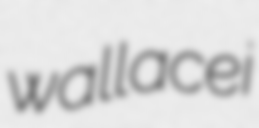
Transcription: wallacei